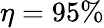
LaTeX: \eta=95\%